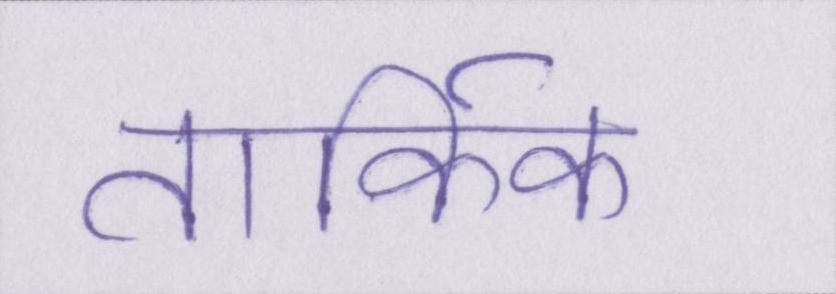
तार्किक